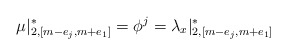
\begin{align*}\mu|_{2, [m-e_j, m+e_1]}^* = \phi^j = \lambda_x|_{2, [m-e_j, m+e_1]}^*\end{align*}